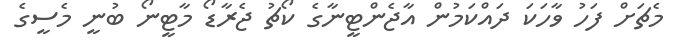
މެޗަށް ފަހު ވާހަކަ ދައްކަމުން އާޖެންޓީނާގެ ކޯޗު ޖެރާޑޯ މާޓީނޯ ބުނީ މެސީގެ